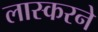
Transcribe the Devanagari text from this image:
लास्करने